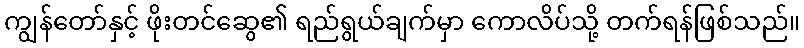
ကျွန်တော်နှင့် ဖိုးတင်ဆွေ၏ ရည်ရွယ်ချက်မှာ ကောလိပ်သို့ တက်ရန်ဖြစ်သည်။